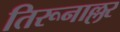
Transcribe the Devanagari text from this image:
तिरूनाल्लर